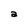
Character: a